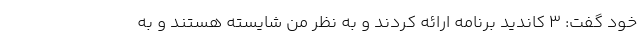
خود گفت: ۳ کاندید برنامه ارائه کردند و به نظر من شایسته هستند و به